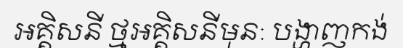
អគ្គិសនី ថ្មអគ្គិសនីមុន: បង្ហាញកង់